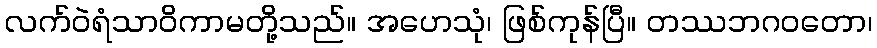
လက်ဝဲရံသာဝိကာမတို့သည်။ အဟေသုံ၊ ဖြစ်ကုန်ပြီ။ တဿဘဂဝတော၊